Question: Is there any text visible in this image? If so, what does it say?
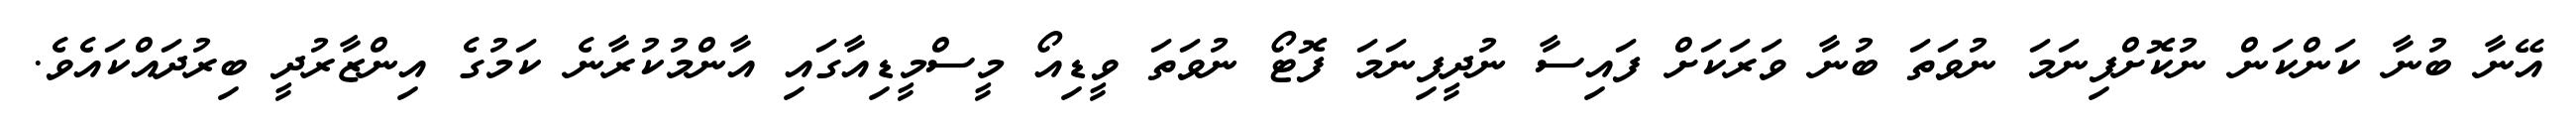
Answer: އޭނާ ބުނާ ކަންކަން ނުކޮށްފިނަމަ ނުވަތަ ބުނާ ވަރަކަށް ފައިސާ ނުދީފިނަމަ ފޮޓޯ ނުވަތަ ވީޑިއޯ މީސްމީޑިއާގައި އާންމުކުރާނެ ކަމުގެ އިންޒާރުދީ ބިރުދައްކައެވެ.